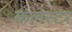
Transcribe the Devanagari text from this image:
कलस्टर